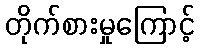
တိုက်စားမှုကြောင့်